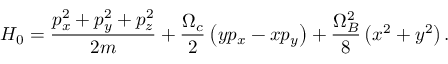
H _ { 0 } = \frac { p _ { x } ^ { 2 } + p _ { y } ^ { 2 } + p _ { z } ^ { 2 } } { 2 m } + \frac { \Omega _ { c } } { 2 } \left( y p _ { x } - x p _ { y } \right) + \frac { \Omega _ { B } ^ { 2 } } { 8 } \left( x ^ { 2 } + y ^ { 2 } \right) .